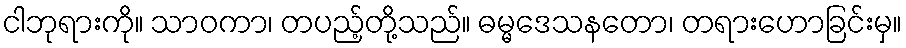
ငါဘုရားကို။ သာဝကာ၊ တပည့်တို့သည်။ ဓမ္မဒေသနတော၊ တရားဟောခြင်းမှ။